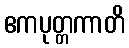
ဧကပုတ္တကာတိ